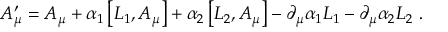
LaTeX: A _ { \mu } ^ { \prime } = A _ { \mu } + \alpha _ { 1 } \left[ L _ { 1 } , A _ { \mu } \right] + \alpha _ { 2 } \left[ L _ { 2 } , A _ { \mu } \right] - \partial _ { \mu } \alpha _ { 1 } L _ { 1 } - \partial _ { \mu } \alpha _ { 2 } L _ { 2 } \ .